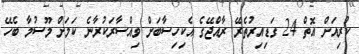
ކުރިއަށް އޮތް 24 ގަޑިއިރުތެރޭ ރާއްޖޭގެ އެކިހިސާބަށް ވިއްސާރަކުރާނެ ކަމަށް މޫސުމާ ބެހޭ